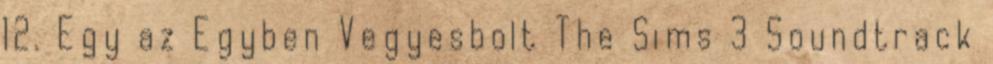
12. Egy az Egyben Vegyesbolt The Sims 3 Soundtrack